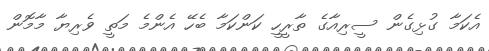
އެކަމާ ގުޅިގެން ސީރިއާގެ ތާރީހީ ކަންކަމާ ބެހޭ އެންމެ މަތީ ވެރިޔާ މާމޮން